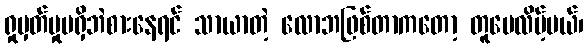
ရှုမှတ်မှုမရှိဘဲစားနေရင် သာယာတဲ့ လောဘဖြစ်တာကတော့ တူပေလိမ့်မယ်၊